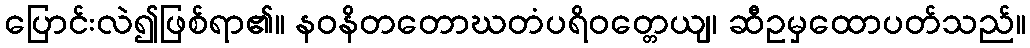
ပြောင်းလဲ၍ဖြစ်ရာ၏။ နဝနိတတောဃတံပရိဝတ္တေယျ၊ ဆီဥမှထောပတ်သည်။